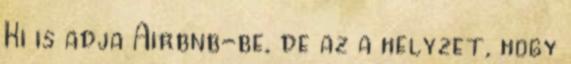
Ki is adja Airbnb-be, de az a helyzet, hogy